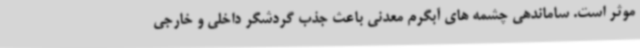
موثر است. ساماندهی چشمه های آبگرم معدنی باعث جذب گردشگر داخلی و خارجی